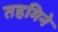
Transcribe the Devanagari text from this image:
तहमिने